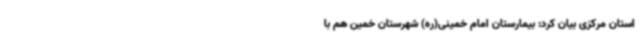
استان مرکزی بیان کرد: بیمارستان امام خمینی(ره) شهرستان خمین هم با